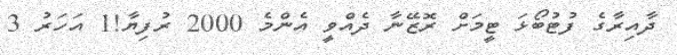
ދާއިރާގެ ފުޓުބޯޅަ ޓީމަށް ރޮޒޭނާ ދެއްވީ އެންމެ 2000 ރުފިޔާ!1 އަހަރު 3